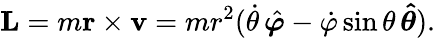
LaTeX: \mathbf{L}=m\mathbf{r}\times\mathbf{v}=mr^{2}({\dot{\theta}}\, {\hat{\boldsymbol{\varphi}}}-{\dot{\varphi}}\sin\theta\, \mathbf{\hat{\boldsymbol{\theta}}}).